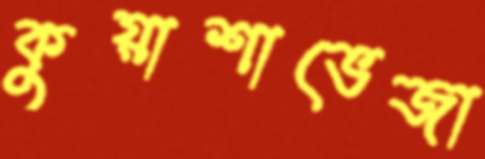
কুয়াশাভেজা